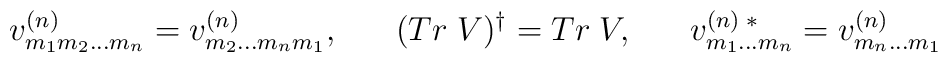
v^{(n)}_{m_{1} m_{2} \ldots m_{n}} =  v^{(n)}_{m_{2} \ldots m_{n} m_{1}} ,\;\;\;\;\;\; (Tr \; V)^{\dagger} = Tr \; V, \;\;\;\;\;\;v^{(n) \; *}_{m_{1}\ldots m_{n}} = v^{(n)}_{m_{n}\ldots m_{1}}